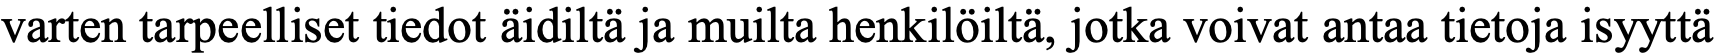
varten tarpeelliset tiedot äidiltä ja muilta henkilöiltä, jotka voivat antaa tietoja isyyttä